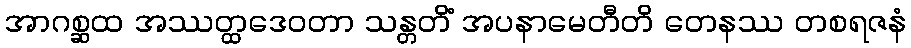
အာဂစ္ဆထ အဿတ္ထဒေဝတာ သန္တတိံ အပနာမေတီတိ တေနဿ တစရဇနံ